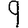
Digit: 9